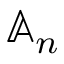
\mathbb { A } _ { n }